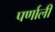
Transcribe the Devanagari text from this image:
पर्णाली